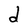
Character: d